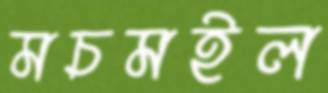
মচমইল